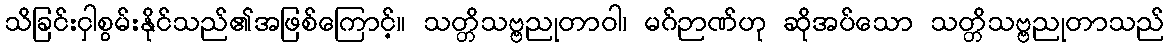
သိခြင်းငှါစွမ်းနိုင်သည်၏အဖြစ်ကြောင့်။ သတ္တိသဗ္ဗညုတာဝါ၊ မဂ်ဉာဏ်ဟု ဆိုအပ်သော သတ္တိသဗ္ဗညုတာသည်